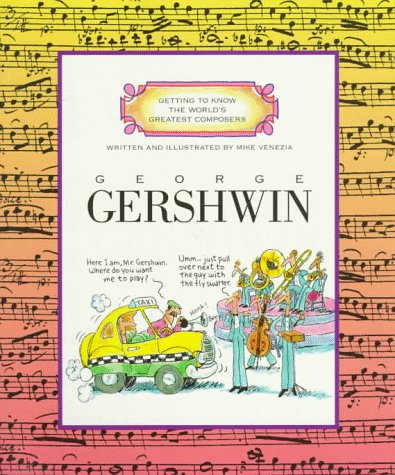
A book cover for George Gershwin (Getting to Know the World's Greatest Composers); Mike Venezia; Children's Books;